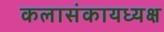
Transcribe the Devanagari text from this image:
कलासंकायध्यक्ष